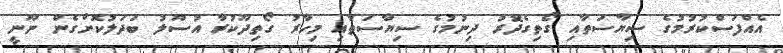
އެއްފަސްކުރުމުގެ ސިޔާސަތާއި ގޯތިގެދޮރު ދިނުމުގެ ސިޔާސަތާއި މިހާރު ގޯތިދޫކުރާ އުސޫލު ބަދަލުކޮށްގެން ނޫނީ